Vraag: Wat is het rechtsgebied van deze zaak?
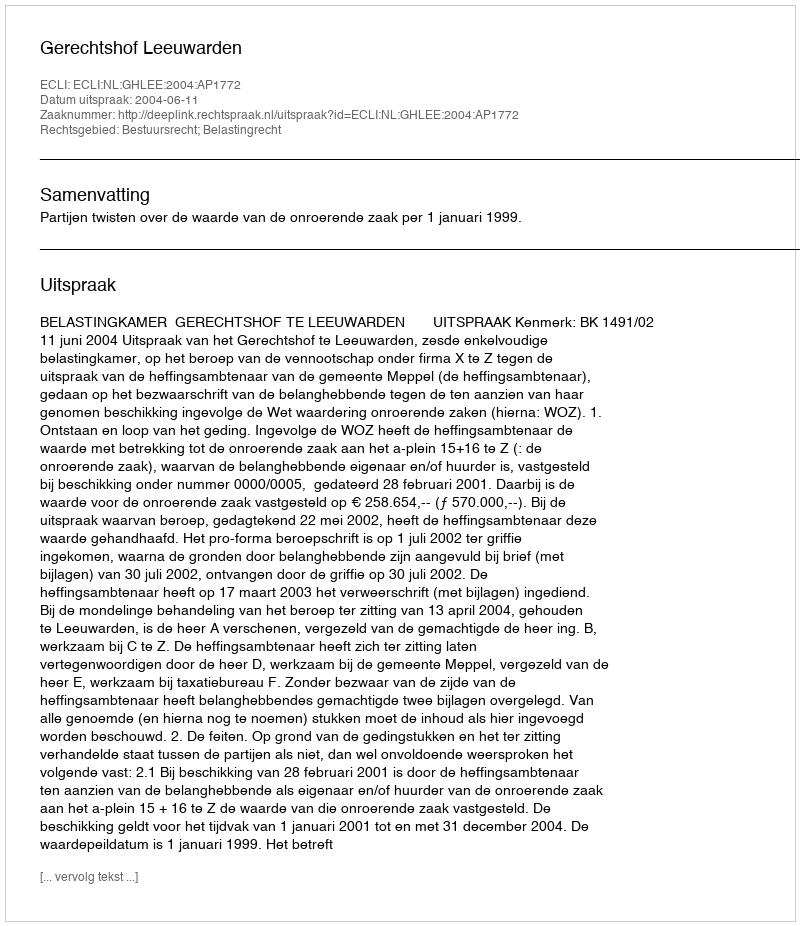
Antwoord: Bestuursrecht; Belastingrecht